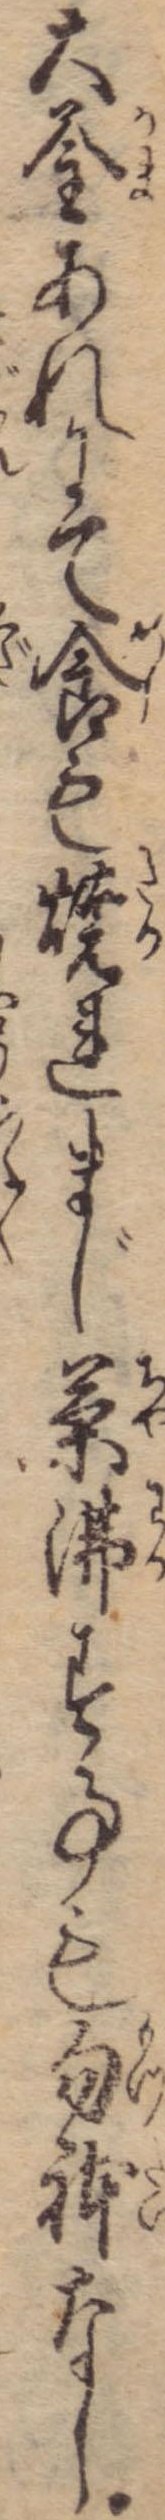
大釜あれにて食も焼れまじ茶沸す事も勿体なし